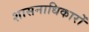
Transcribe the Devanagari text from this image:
शासनाधिकारों